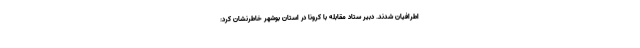
اطرافیان شدند. دبیر ستاد مقابله با کرونا در استان بوشهر خاطرنشان کرد: